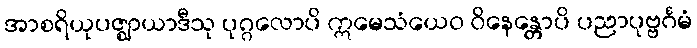
အာစရိယုပဇ္ဈာယာဒီသု ပုဂ္ဂလောပိ ဣမေသံယေဝ ဝိနေန္တောပိ ပညာပုဗ္ဗင်္ဂမံ